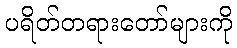
ပရိတ်တရားတော်များကို